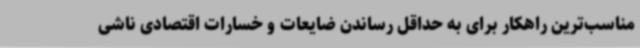
مناسب‌ترین راهکار برای به حداقل رساندن ضایعات و خسارات اقتصادی ناشی